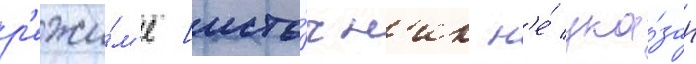
р'ежи́м'е [исто́чн'ик н'е́ ука́зан